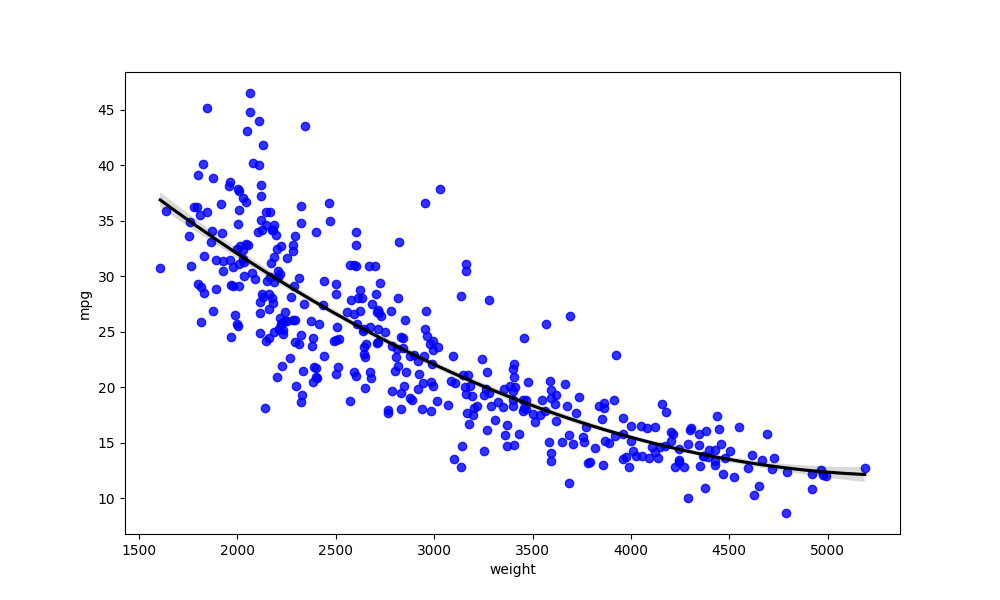
python, seaborn, regplot, order=2, ci=68, scatter_color=blue, line_color=black